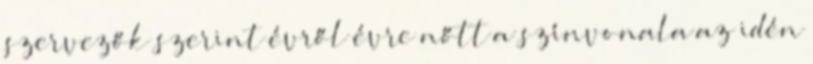
szervezők szerint évről évre nőtt a színvonala az idén